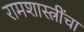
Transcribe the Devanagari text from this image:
रामशास्त्रींचा